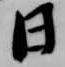
日